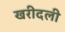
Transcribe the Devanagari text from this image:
खरीदली